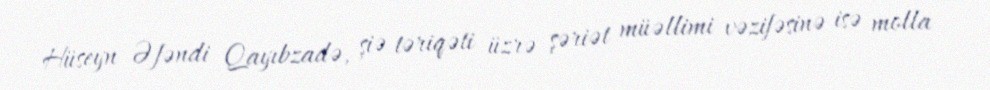
Hüseyn Əfəndi Qayıbzadə, şiə təriqəti üzrə şəriət müəllimi vəzifəsinə isə molla